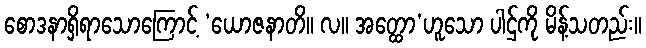
စောဒနာရှိရာသောကြောင့် ‘ယောဇနာတိ။ လ။ အတ္ထော’ဟူသော ပါဌ်ကို မိန့်သတည်း။